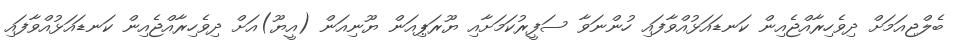
ބެލްޖިއަމަށް ދިވެހިރާއްޖެއިން ކަނޑައަޅުއްވާފައި ހުންނަވާ ސަފީރުކަމަށާއި ޔޫރަޕިއަން ޔޫނިއަން (އީޔޫ)އަށް ދިވެހިރާއްޖެއިން ކަނޑައަޅުއްވާފައި